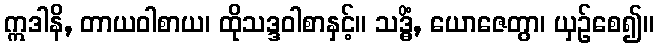
ဣဒါနိ, တာယဝါစာယ၊ ထိုသဒ္ဒဝါစာနှင့်။ သဒ္ဓိံ, ယောဇေတွာ၊ ယှဉ်စေ၍။